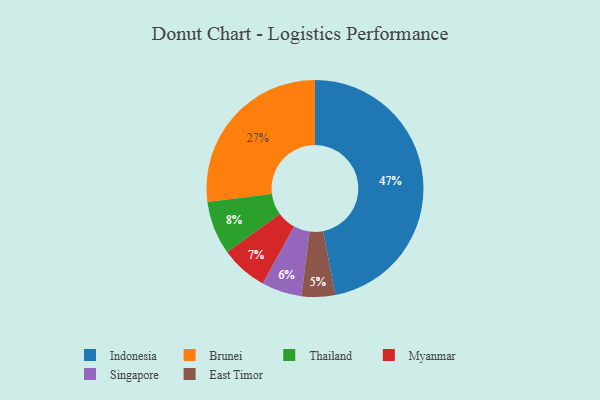
{"axis": {"x": "Category", "y": "Percentage"}, "legend": ["Brunei", "East Timor", "Indonesia", "Myanmar", "Singapore", "Thailand"], "data": [{"x": "Thailand", "y": 8, "type": "Thailand"}, {"x": "Singapore", "y": 6, "type": "Singapore"}, {"x": "Brunei", "y": 27, "type": "Brunei"}, {"x": "Myanmar", "y": 7, "type": "Myanmar"}, {"x": "East Timor", "y": 5, "type": "East Timor"}, {"x": "Indonesia", "y": 47, "type": "Indonesia"}]}